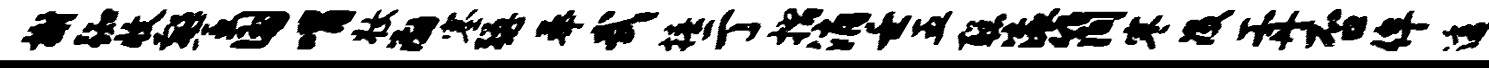
榭踟收警国喟妆渤塞强奉武椿亍摺消壬五聪滚简寒没工丹否侔透